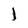
Character: I